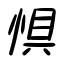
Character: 惧